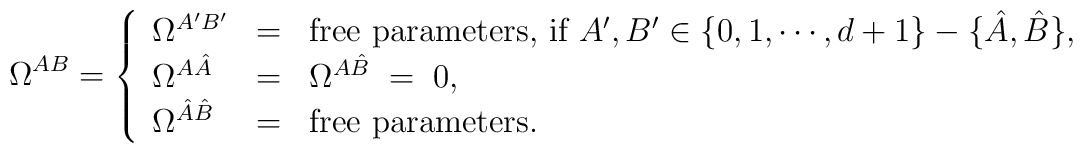
\Omega^{AB}=\left\{\begin{array}{lll}\Omega^{A'B'}&=&\hbox{free parameters, if $A',B'\in\{0,1,\cdots,d+1\}-\{\hat{A},\hat{B}\}$},\cr\Omega^{A\hat{A}}&=&\Omega^{A\hat{B}}\;=\;0,\cr\Omega^{\hat{A}\hat{B}}&=&\hbox{free parameters}.\end{array}\right.